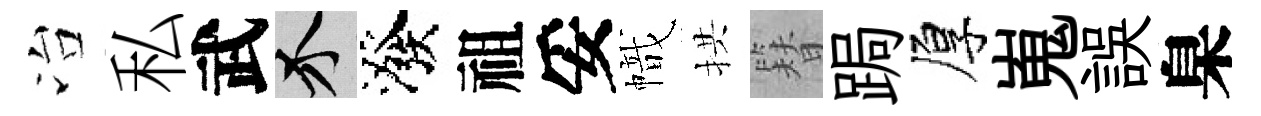
冶私武介潑祖妥幟拱簪跼厚嵬誤臬